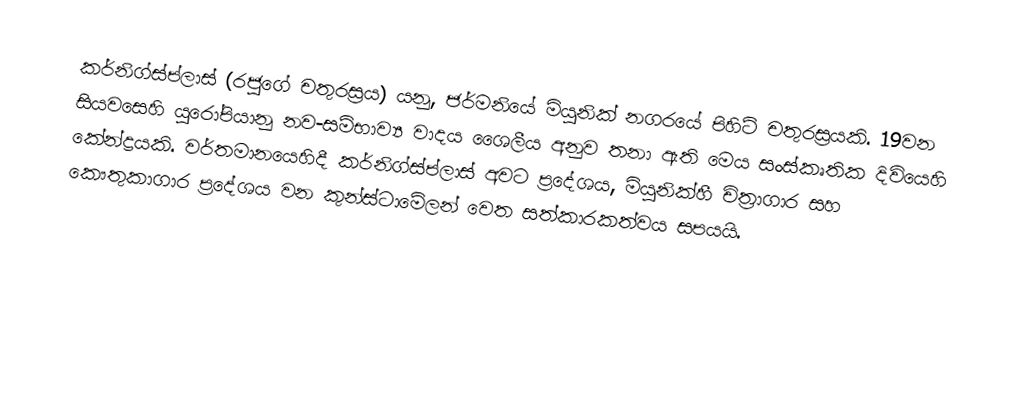
කර්නිග්ස්ප්ලාස් (රජුගේ චතුරස්‍රය) යනු, ජර්මනියේ මියුනික් නගරයේ පිහිටි චතුරස්‍රයකි. 19වන සියවසෙහි යුරෝපියානු නව-සම්භාව්‍ය වාදය ශෛලීය අනුව තනා ඇති මෙය සංස්කෘතික දිවියෙහි කේන්ද්‍රයකි. වර්තමානයෙහිදී කර්නිග්ස්ප්ලාස් අවට ප්‍රදේශය, මියුනික්හී චිත්‍රාගාර සහ කෞතුකාගාර  ප්‍රදේශය වන කුන්ස්ටාමේලන් වෙත සත්කාරකත්වය සපයයි.